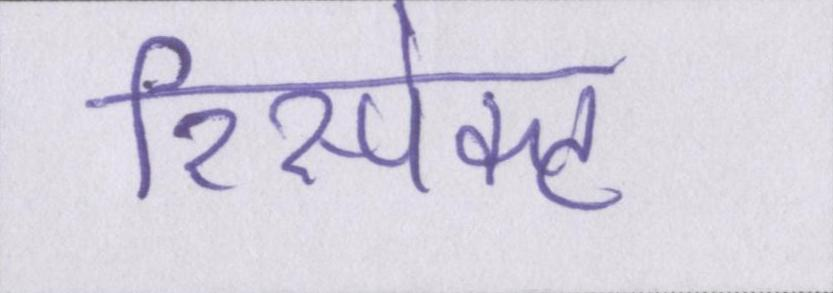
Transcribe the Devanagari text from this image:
रिस्पेक्ट